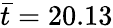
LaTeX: \bar{t}=20.13